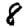
Digit: 8